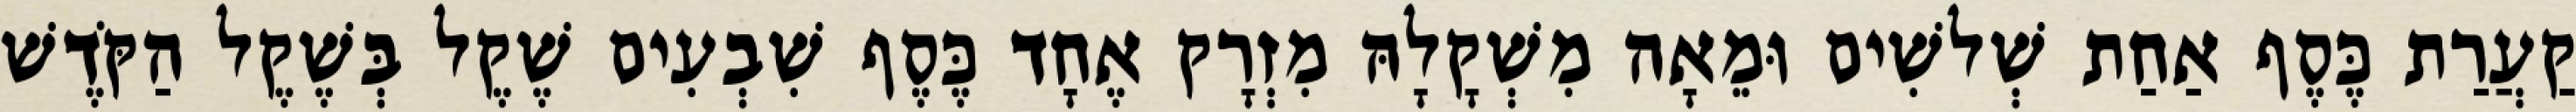
קַעֲרַת כֶּסֶף אַחַת שְׁלשִׁים וּמֵאָה מִשְׁקָלָהּ מִזְרָק אֶחָד כֶּסֶף שִׁבְעִים שֶׁקֶל בְּשֶׁקֶל הַקֹּדֶשׁ